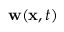
{ \mathbf w } ( { \mathbf x } , t )